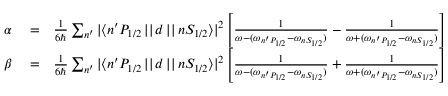
\begin{array} { r l r } { \alpha } & { { } = } & { \frac { 1 } { 6 \hbar } \sum _ { n ^ { \prime } } { | \langle n ^ { \prime } P _ { 1 / 2 } \, | | \, d \, | | \, n S _ { 1 / 2 } \rangle | ^ { 2 } } \left[ \frac { 1 } { \omega - ( \omega _ { n ^ { \prime } P _ { 1 / 2 } } - \omega _ { n S _ { 1 / 2 } } ) } - \frac { 1 } { \omega + ( \omega _ { n ^ { \prime } P _ { 1 / 2 } } - \omega _ { n S _ { 1 / 2 } } ) } \right] } \\ { \beta } & { { } = } & { \frac { 1 } { 6 \hbar } \sum _ { n ^ { \prime } } { | \langle n ^ { \prime } P _ { 1 / 2 } \, | | \, d \, | | \, n S _ { 1 / 2 } \rangle | ^ { 2 } } \left[ \frac { 1 } { \omega - ( \omega _ { n ^ { \prime } P _ { 1 / 2 } } - \omega _ { n S _ { 1 / 2 } } ) } + \frac { 1 } { \omega + ( \omega _ { n ^ { \prime } P _ { 1 / 2 } } - \omega _ { n S _ { 1 / 2 } } ) } \right] } \end{array}